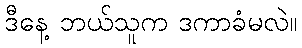
ဒီနေ့ ဘယ်သူက ဒကာခံမလဲ။